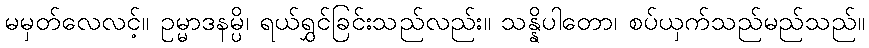
မမှတ်လေလင့်။ ဥမ္မာဒနမ္ပိ၊ ရယ်ရွှင်ခြင်းသည်လည်း။ သန္နိပါတော၊ စပ်ယှက်သည်မည်သည်။